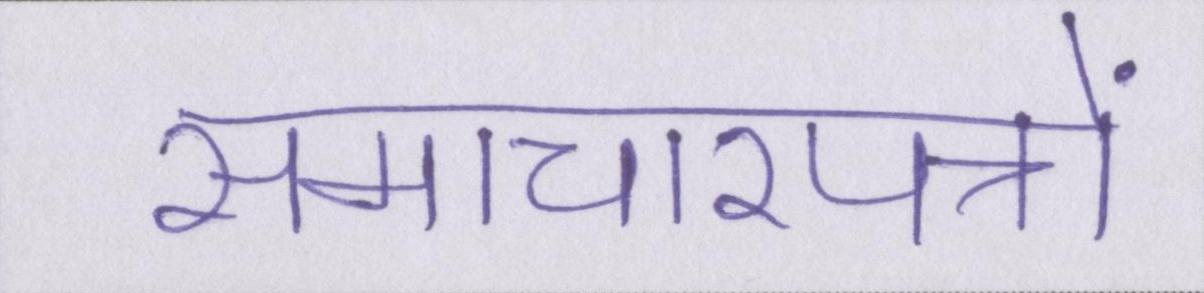
समाचारपत्रों